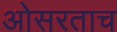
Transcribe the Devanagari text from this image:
ओसरताच